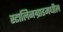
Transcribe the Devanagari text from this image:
स्टालिनग्राडमधील